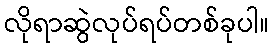
လိုရာဆွဲလုပ်ရပ်တစ်ခုပါ။